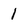
Character: 1